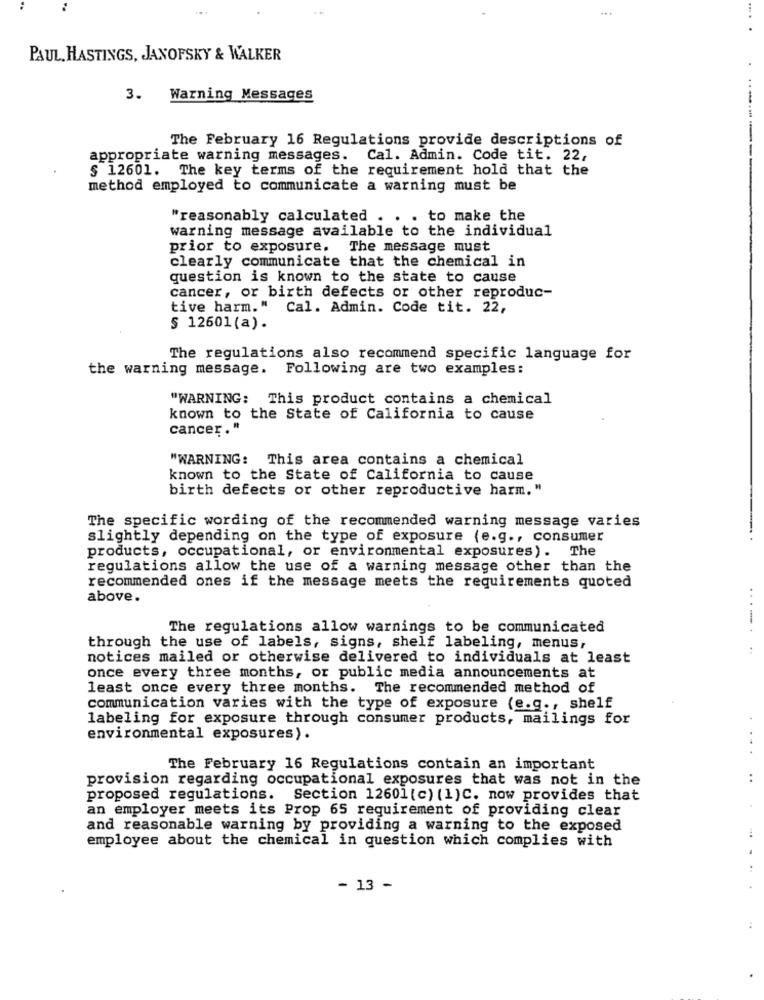
PAUL, HASTINGS, JANOFSKY & WALKER
3.
Warning Messages
The February 16 Regulations provide descriptions of
appropriate warning messages. Cal. Admin. Code tit. 22,
§ 12601. The key terms of the requirement hold that the
method employed to communicate a warning must be
"reasonably calculated . . . to make the
warning message available to the individual
prior to exposure. The message must
clearly communicate that the chemical in
question is known to the state to cause
cancer, or birth defects or other reproduc-
tive harm." Cal. Admin. Code tit. 22,
§ 12601 (a).
The regulations also recommend specific language for
the warning message. Following are two examples:
"WARNING: This product contains a chemical
known to the State of California to cause
cancer."
"WARNING: This area contains a chemical
known to the State of California to cause
birth defects or other reproductive harm. "
The specific wording of the recommended warning message varies
slightly depending on the type of exposure (e.g ., consumer
products, occupational, or environmental exposures). The
regulations allow the use of a warning message other than the
recommended ones if the message meets the requirements quoted
above.
-
The regulations allow warnings to be communicated
through the use of labels, signs, shelf labeling, menus,
notices mailed or otherwise delivered to individuals at least
once every three months, or public media announcements at
least once every three months. The recommended method of
communication varies with the type of exposure (e.g ., shelf
labeling for exposure through consumer products, mailings for
environmental exposures).
The February 16 Regulations contain an important
provision regarding occupational exposures that was not in the
proposed regulations. Section 12601 (c) (1)C. now provides that
an employer meets its Prop 65 requirement of providing clear
and reasonable warning by providing a warning to the exposed
employee about the chemical in question which complies with
- 13 -